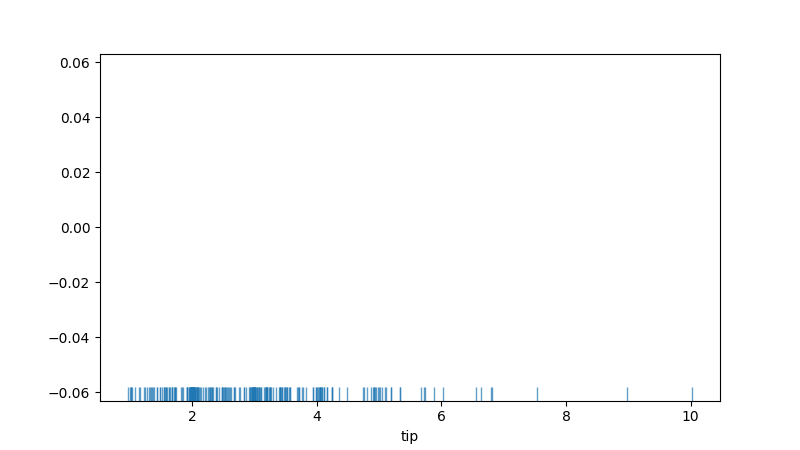
python, seaborn, rugplot, height=0.04, axis='x', alpha=0.7